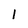
Character: l